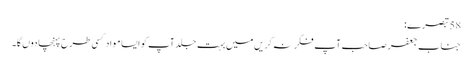
58 تبصرے:
جناب جعفر صاحب آپ فکر نہ کریں میں بہت جلد آپ کو ایسا مواد کسی طرح پہنچا دوں گا۔